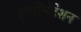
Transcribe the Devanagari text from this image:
इंप्लीमेंटेशन